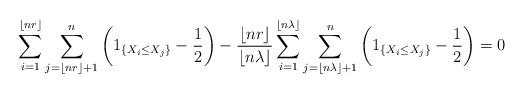
LaTeX: \begin{align*}\sum\limits_{i=1}^{\lfloor nr\rfloor}\sum\limits_{j=\lfloor nr\rfloor+1}^n\left(1_{\{X_i\leq X_j\}}-\frac{1}{2}\right)-\frac{\lfloor nr\rfloor}{\lfloor n\lambda\rfloor}\sum\limits_{i=1}^{\lfloor n\lambda\rfloor}\sum\limits_{j=\lfloor n\lambda\rfloor+1}^n\left(1_{\{X_i\leq X_j\}}-\frac{1}{2}\right)=0\end{align*}